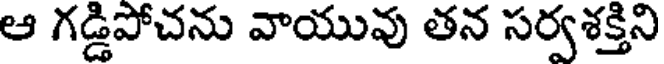
ఆ గడ్డిపోచను వాయువు తన సర్వశక్తిని